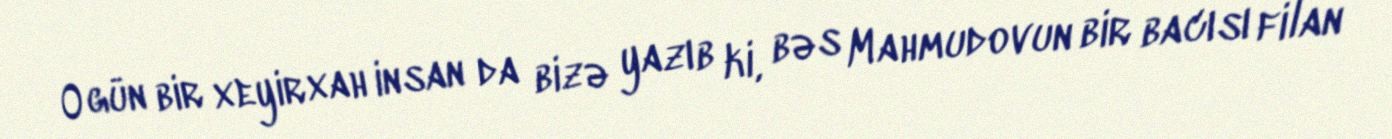
O gün bir xeyirxah insan da bizə yazıb ki, bəs Mahmudovun bir bacısı filan